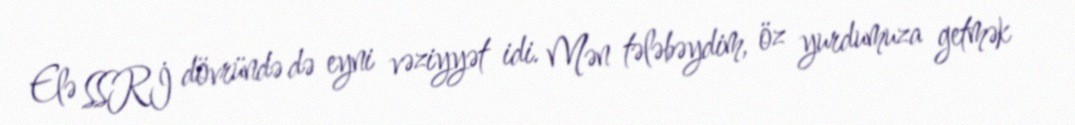
Elə SSRİ dövründə də eyni vəziyyət idi. Mən tələbəydim, öz yurdumuza getmək